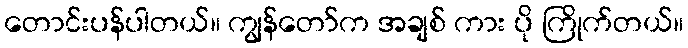
တောင်းပန်ပါတယ်။ ကျွန်တော်က အချစ် ကား ပို ကြိုက်တယ်။